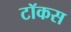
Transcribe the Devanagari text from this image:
टॉकस